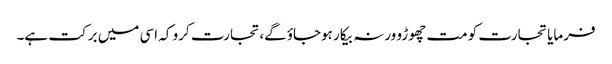
فرمایا تجارت کو مت چھوڑو ورنہ بیکار ہوجاؤگے،تجارت کرو کہ اسی میں برکت ہے۔